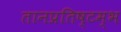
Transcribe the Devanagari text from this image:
तानप्रतिष्टम्भ